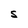
Character: S